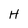
Character: H